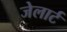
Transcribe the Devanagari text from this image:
जेलार्ट